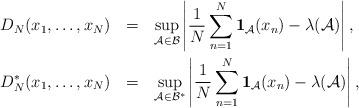
LaTeX: \begin{align*} \begin{aligned} D_N(x_1,\ldots,x_N)\:\:\: & = \:\:\: \sup_{\mathcal{A}\in\mathcal{B}}\left|\frac{1}{N}\sum_{n=1}^N\mathbf{1}_{\mathcal{A}}(x_n)-\lambda(\mathcal{A})\right|,\\ D^*_N(x_1,\ldots,x_N)\:\:\: & =\:\:\: \sup_{\mathcal{A}\in\mathcal{B}^*}\left|\frac{1}{N}\sum_{n=1}^N\mathbf{1}_{\mathcal{A}}(x_n)-\lambda(\mathcal{A})\right|, \end{aligned}\end{align*}